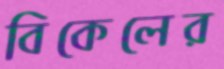
বিকেলের